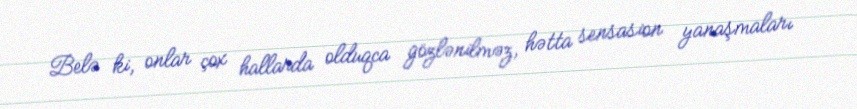
Belə ki, onlar çox hallarda olduqca gözlənilməz, hətta sensasion yanaşmaları